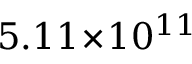
5 . 1 1 \! \times \! 1 0 ^ { 1 1 }